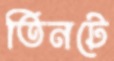
তিনটে